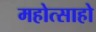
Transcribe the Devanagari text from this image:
महोत्साहो